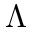
\Lambda